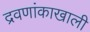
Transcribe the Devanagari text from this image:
द्रवणांकाखाली